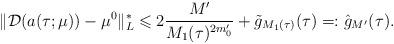
LaTeX: \begin{align*} \|\mathcal{D}(a(\tau;\mu))-\mu^0\|_L^*\leqslant 2 \frac{M'}{M_1(\tau)^{2m_0'}}+ \tilde g_{M_1(\tau)}(\tau)=: {\hat g}_{M'}(\tau). \end{align*}